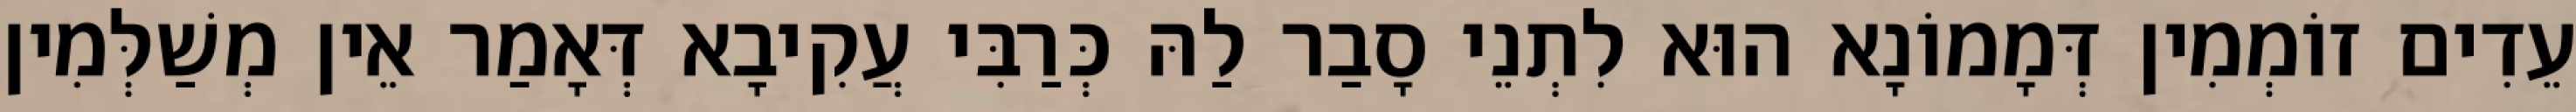
עֵדִים זוֹמְמִין דְּמָמוֹנָא הוּא לִתְנֵי סָבַר לַהּ כְּרַבִּי עֲקִיבָא דְּאָמַר אֵין מְשַׁלְּמִין